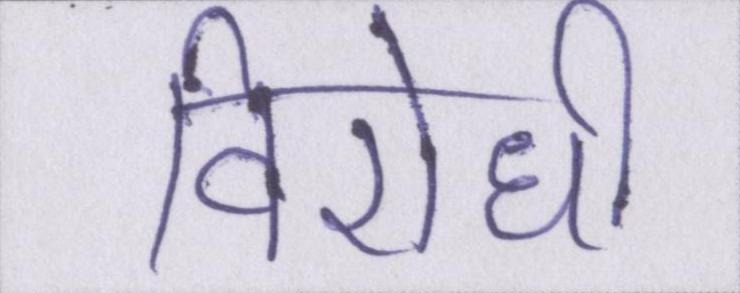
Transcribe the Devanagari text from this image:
विरोधी